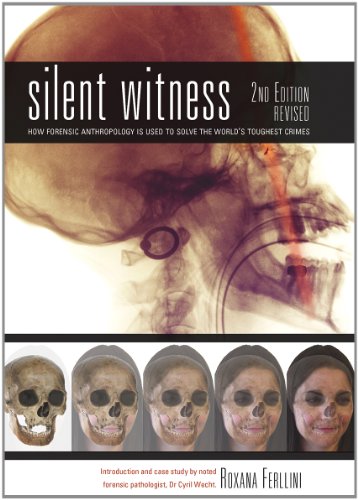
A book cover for Silent Witness: How Forensic Anthropology is Used to Solve the World's Toughest Crimes; Roxana Ferllini; Law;